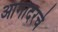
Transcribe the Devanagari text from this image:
आगोदरचे